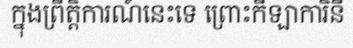
ក្នុងព្រឹត្តិការណ៍នេះទេ ព្រោះកីឡាការិនី